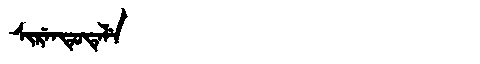
Manchu: ᠰᡳᡵᡝᠨᡨᡠᡨᡝᠯᡝ
Romanization: SIRENTUTELE